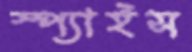
স্প্যাইস